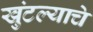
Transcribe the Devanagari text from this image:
खुंटल्याचे